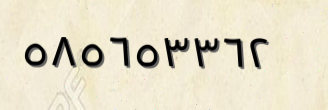
٥٨٥٦٥٣٣٦٢